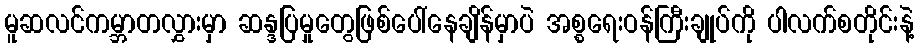
မူဆလင်ကမ္ဘာတလွှားမှာ ဆန္ဒပြမှုတွေဖြစ်ပေါ်နေချိန်မှာပဲ အစ္စရေးဝန်ကြီးချုပ်ကို ပါလက်စတိုင်းနဲ့